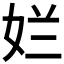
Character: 𮰾